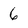
Character: 6